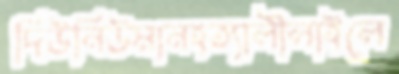
দিউনিউমানহত্যালীলাইলে